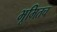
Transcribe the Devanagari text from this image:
भूमितच